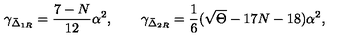
\gamma _ { \bar { \Delta } _ { 1 R } } = \frac { 7 - N } { 1 2 } \alpha ^ { 2 } , \qquad \gamma _ { \bar { \Delta } _ { 2 R } } = \frac { 1 } { 6 } ( \sqrt \Theta - 1 7 N - 1 8 ) \alpha ^ { 2 } ,